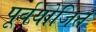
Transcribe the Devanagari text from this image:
पूर्वयोजित